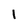
Character: 1